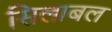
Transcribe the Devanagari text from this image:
सिलाबल